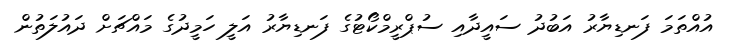
އުއްތަމަ ފަނޑިޔާރު އަބުދު ސައީދާއި ސުޕްރީމްކޯޓުގެ ފަނޑިޔާރު އަލީ ހަމީދުގެ މައްޗަށް ދައުލަތުން